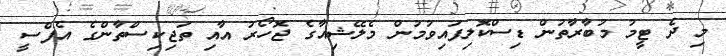
މި ދެ ޓީމު މުބާރާތުން ޑިސްކޮލިފައިވުމުން މެލޭޝިއާގެ ޖޮހޯރު އާއި ތަޖިކިސްތާންގެ އެފްސީ